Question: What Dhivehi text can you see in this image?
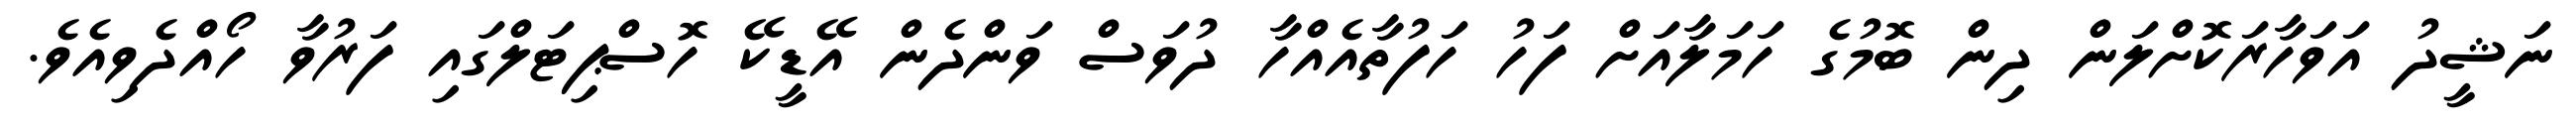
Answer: ނަޝީދު އަވަހާރަކޮށްލަން ދިން ބޮމުގެ ހަމަލާއަށް ފަހު ހަފުތާއެއްހާ ދުވަސް ވަންދެން އޭޑީކޭ ހޮސްޕިޓަލްގައި ފަރުވާ ހޯއްދެވިއެވެ.